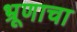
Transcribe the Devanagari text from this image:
भ्रूणाचा